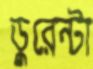
ডুরেন্টা